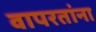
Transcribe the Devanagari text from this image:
वापरतांना